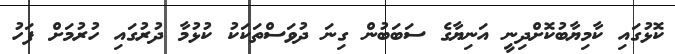
ކޮޅުގައި ކާމިޔާބުކޮށްދިނީ އަނިޔާގެ ސަބަބުން ގިނަ ދުވަސްތަކަކު ކުޅުމާ ދުރުގައި ހުރުމަށް ފަހު